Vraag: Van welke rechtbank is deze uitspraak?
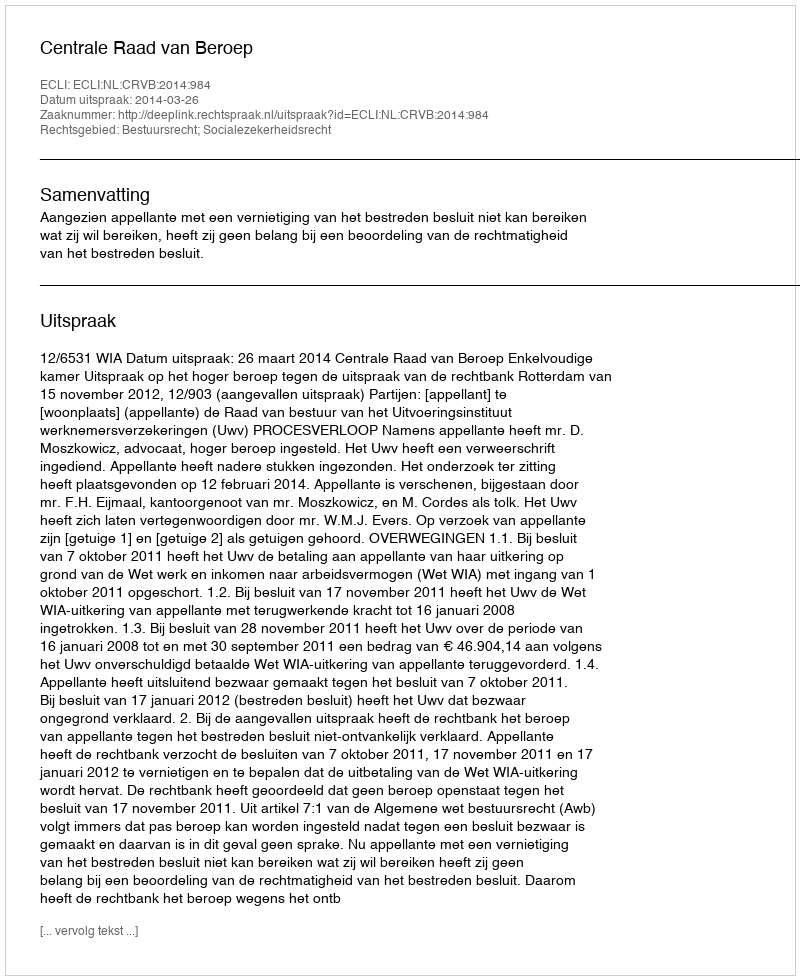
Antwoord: Centrale Raad van Beroep